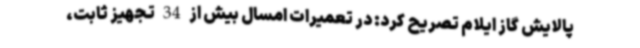
پالایش گاز ایلام تصریح کرد: در تعمیرات امسال بیش از 34 تجهیز ثابت،